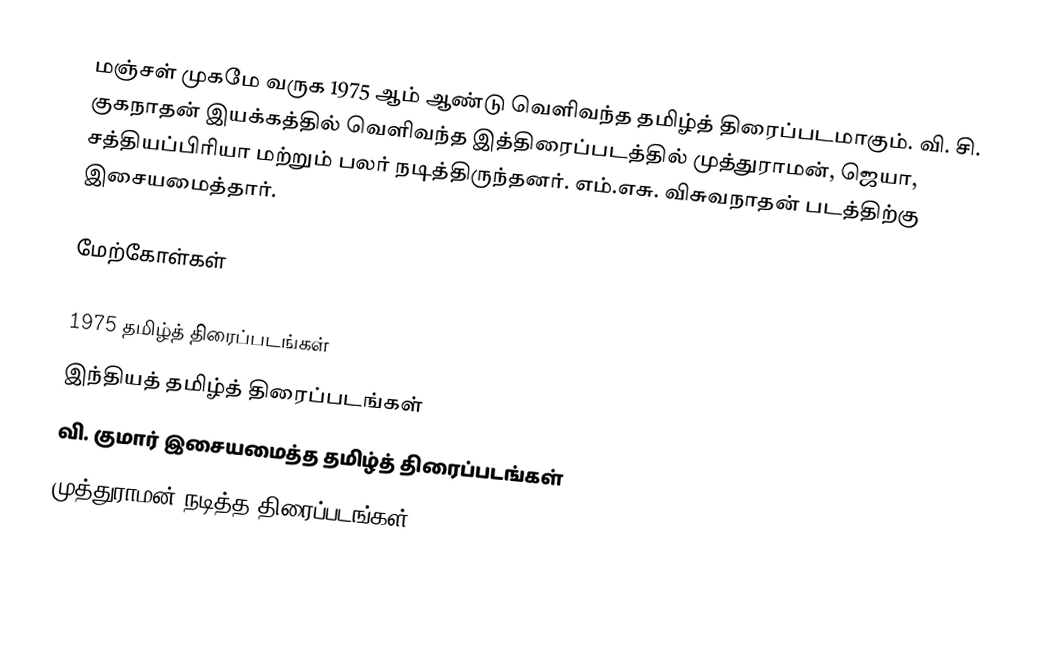
மஞ்சள் முகமே வருக 1975 ஆம் ஆண்டு வெளிவந்த தமிழ்த் திரைப்படமாகும். வி. சி. குகநாதன் இயக்கத்தில் வெளிவந்த இத்திரைப்படத்தில் முத்துராமன், ஜெயா, சத்தியப்பிரியா மற்றும் பலர் நடித்திருந்தனர். எம்.எசு. விசுவநாதன் படத்திற்கு இசையமைத்தார்.

மேற்கோள்கள்

1975 தமிழ்த் திரைப்படங்கள்
இந்தியத் தமிழ்த் திரைப்படங்கள்
வி. குமார் இசையமைத்த தமிழ்த் திரைப்படங்கள்
முத்துராமன் நடித்த திரைப்படங்கள்